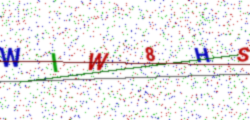
Text: WIW8HS